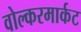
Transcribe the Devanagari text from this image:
वोल्करमार्कट